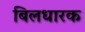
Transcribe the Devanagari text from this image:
बिलधारक